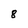
Character: 8